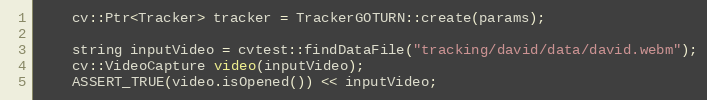
Language: C++
    cv::Ptr<Tracker> tracker = TrackerGOTURN::create(params);

    string inputVideo = cvtest::findDataFile("tracking/david/data/david.webm");
    cv::VideoCapture video(inputVideo);
    ASSERT_TRUE(video.isOpened()) << inputVideo;